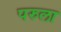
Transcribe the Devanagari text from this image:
परुला